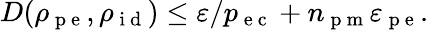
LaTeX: D(\rho_{\mathrm{~p~e~}},\rho_{\mathrm{~i~d~}})\leq\varepsilon/p_{\mathrm{~e~c~}}+n_{\mathrm{~p~m~}}\varepsilon_{\mathrm{~p~e~}}.